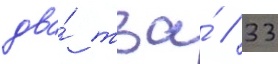
два́ тза́ / 33